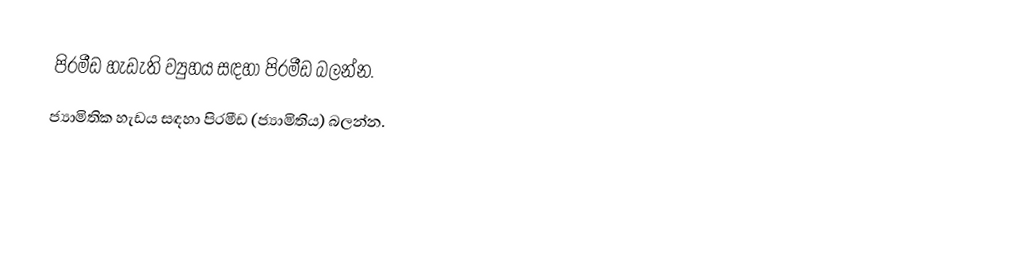
පිරමීඩ හැඩැති ව්‍යුහය සඳහා පිරමීඩ බලන්න.
 ජ්‍යාමිතික හැඩය සඳහා පිරමීඩ (ජ්‍යාමිතිය) බලන්න.